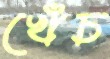
খেঁচ